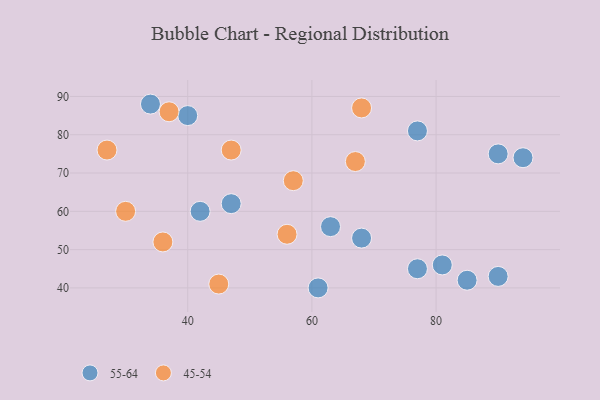
{"axis": {"x": "GDP", "y": "Life Expectancy"}, "legend": ["45-54", "55-64"], "data": [{"x": "40", "y": 85, "type": "55-64"}, {"x": "94", "y": 74, "type": "55-64"}, {"x": "81", "y": 46, "type": "55-64"}, {"x": "63", "y": 56, "type": "55-64"}, {"x": "77", "y": 81, "type": "55-64"}, {"x": "90", "y": 43, "type": "55-64"}, {"x": "47", "y": 62, "type": "55-64"}, {"x": "77", "y": 45, "type": "55-64"}, {"x": "61", "y": 40, "type": "55-64"}, {"x": "34", "y": 88, "type": "55-64"}, {"x": "90", "y": 75, "type": "55-64"}, {"x": "68", "y": 53, "type": "55-64"}, {"x": "42", "y": 60, "type": "55-64"}, {"x": "85", "y": 42, "type": "55-64"}, {"x": "67", "y": 73, "type": "45-54"}, {"x": "56", "y": 54, "type": "45-54"}, {"x": "36", "y": 52, "type": "45-54"}, {"x": "45", "y": 41, "type": "45-54"}, {"x": "68", "y": 87, "type": "45-54"}, {"x": "57", "y": 68, "type": "45-54"}, {"x": "27", "y": 76, "type": "45-54"}, {"x": "37", "y": 86, "type": "45-54"}, {"x": "30", "y": 60, "type": "45-54"}, {"x": "47", "y": 76, "type": "45-54"}]}